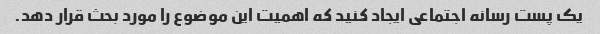
یک پست رسانه اجتماعی ایجاد کنید که اهمیت این موضوع را مورد بحث قرار دهد.